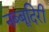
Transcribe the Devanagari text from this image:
नब्‍बूदिरी